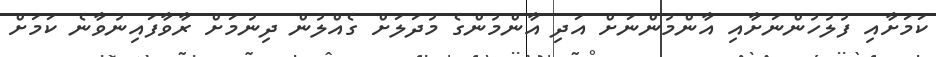
ކަމަށާއި ފުލުހުންނަށާއި އާންމުންނަށް އަދި އާންމުންގެ މުދަލަށް ގެއްލުން ދިނުމަށް ރާވާފައިނުވާނެ ކަމަށް